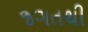
જગતથી